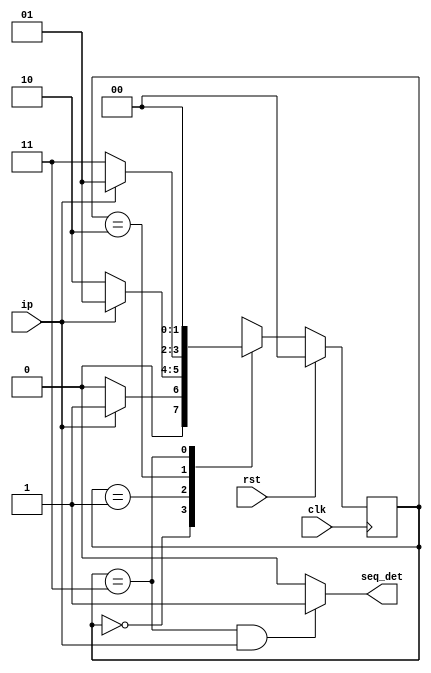
module fsm_1001(input clk,rst,ip,output seq_det);
reg [1:0] pr_st,nx_st;
parameter s0=2'b00;
parameter s1=2'b01;
parameter s2=2'b10;
parameter s3=2'b11;
always @(posedge clk )begin
if(rst)
pr_st<=s0;
else
pr_st<=nx_st;
end
assign seq_det=((pr_st==s3)&&(ip==1))?1'b1:1'b0;
always @(pr_st,ip)begin
case(pr_st)
s0:if(ip==1)
nx_st<=s1;
else
nx_st<=s0;
s1:if(ip==1)
nx_st<=s1;
else
nx_st<=s2;
s2:if(ip==1)
nx_st<=s1;
else
nx_st<=s3;
s3:if(ip==1)
nx_st<=s0;
else
nx_st<=s0;
default:nx_st<=s0;
endcase
end
endmodule




module tb;
reg clk,rst,ip;
wire seq_det;
fsm_1001 dut(clk,rst,ip,seq_det);
always #5 clk = ~clk;
initial begin
clk=0;rst=1;
#10 rst=0;ip=0;
#10 ip=1;
#10 ip=0;
#10 ip=0;
#10 ip=1;
#10 ip=0;
#10 ip=0;
#10 ip=1;
#10 ip=0;
#150 $finish();
end
initial
$monitor($time,"clk=%b,rst=%b,ip=%b,seq_det=%b",clk,rst,ip,seq_det);
endmodule